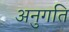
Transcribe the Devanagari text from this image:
अनुगति